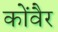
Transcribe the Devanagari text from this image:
कोंवैर